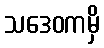
သဒေဝကမှိ